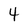
Character: 4